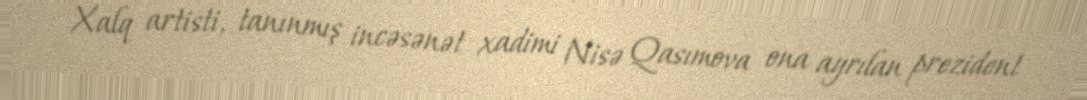
Xalq artisti, tanınmış incəsənət xadimi Nisə Qasımova ona ayrılan prezident